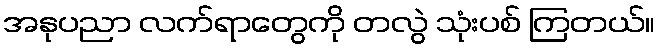
အနုပညာ လက်ရာတွေကို တလွဲ သုံးပစ် ကြတယ်။